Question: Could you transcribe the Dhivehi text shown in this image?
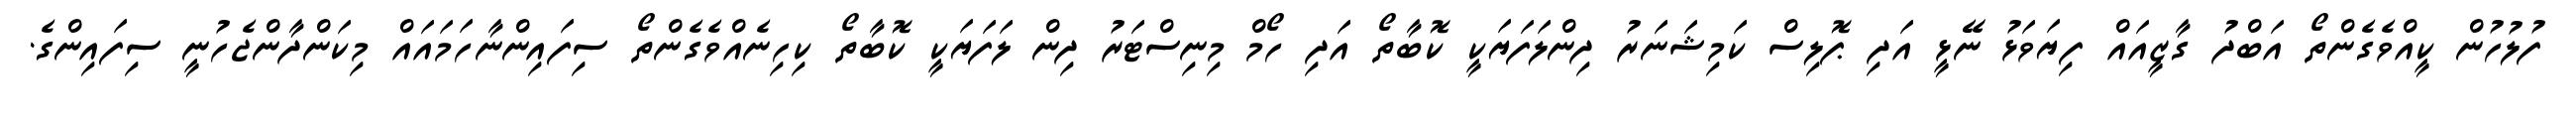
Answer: ފުލުހުން ކީއްވެގެންތޯ އަބްދު ގާޒީއައް ފިޔަވަޅު ނޭޅީ އަދި ޕޮލިސް ކަމިޝަނަރު ދިންލަފަޔަކީ ކޮބާތޯ އަދި ހޯމް މިނިސްޓަރު ދިން ލަފަޔަކީ ކޮބާތޯ ކިހިނެއްވެގެންތޯ ސިފައިންނާހަމައައް މިކަންދާންޖެހުނީ ސިފައިންގެ.